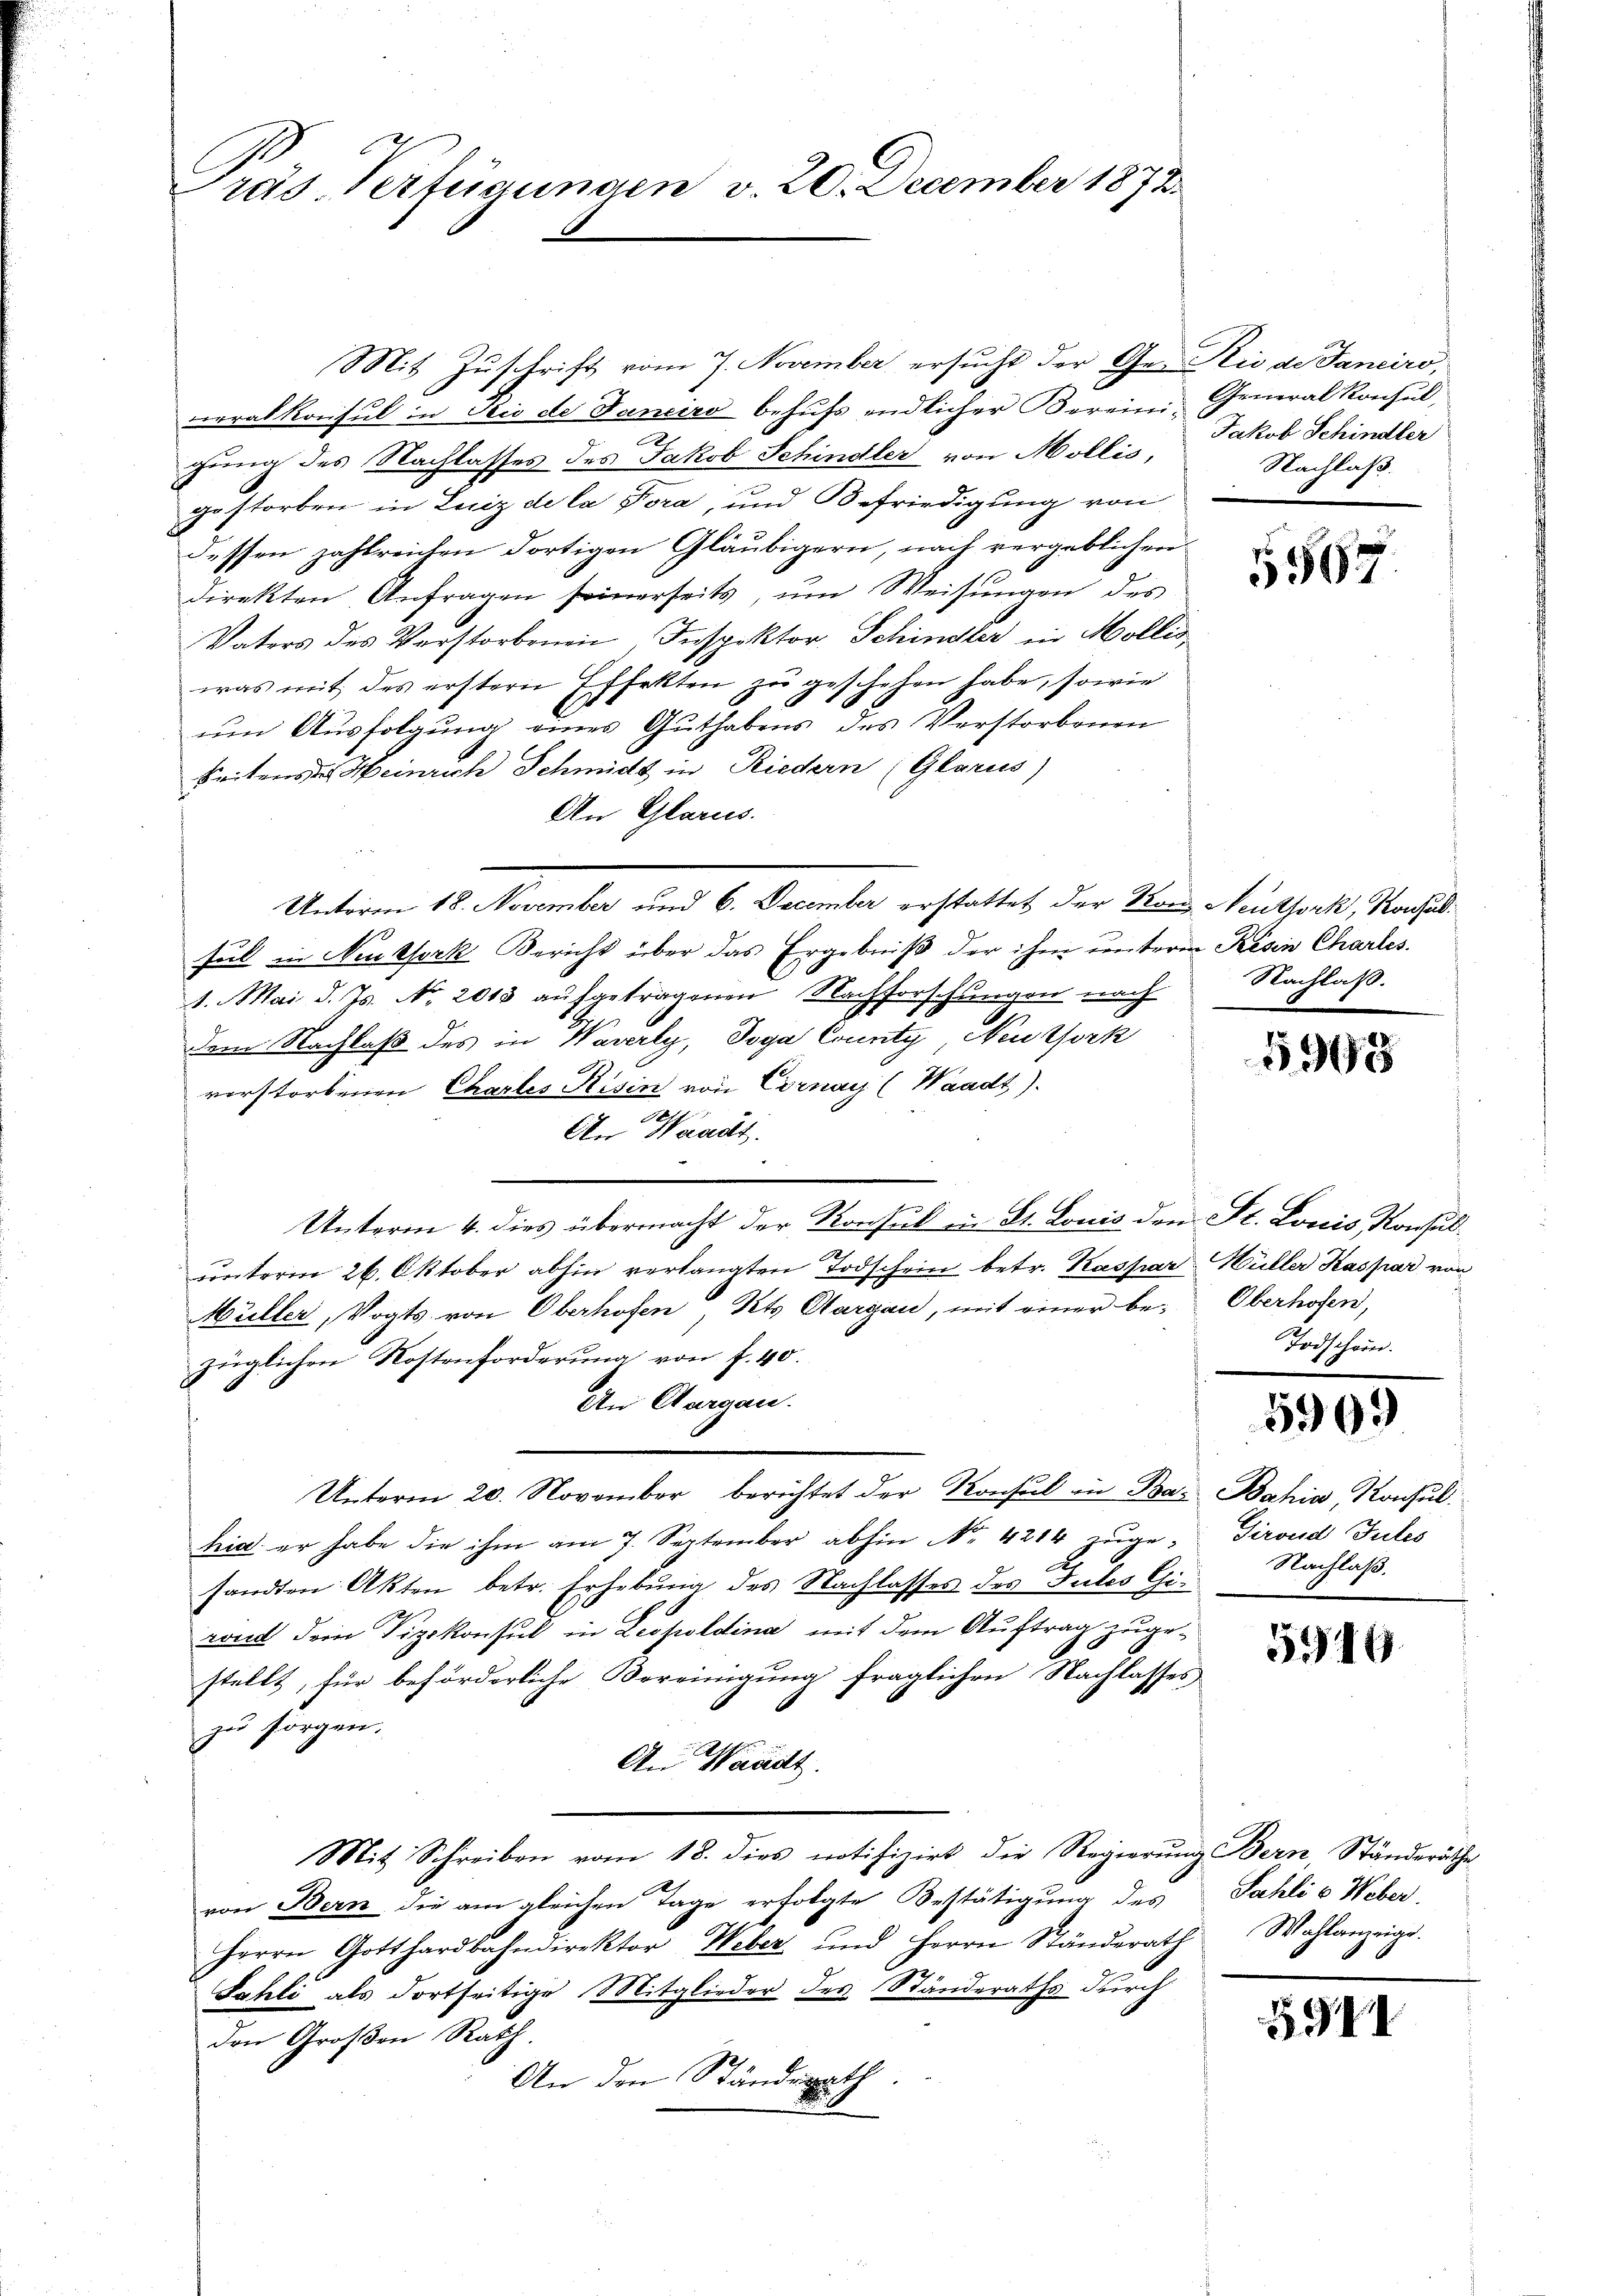
räs. Verfügungen v. 20. December 1872

Mit Zuschrift vom 7. November ersucht der Ge- Rio de Janciro,
erakkonsul in Rio de Janeiro behufs endlicher Berein General Konsul,
S
gung des Nachlasses des Jakob Schindler von Mollis,
gestorben in Luiz de la Pora, und Befriedigung von
dessen zahlreichen dortigen Gläubigern, nach vergeblichen
direkten Anfragen seinerseits ŭm Weisŭngen des
Vaters des Verstorbenen, Inspektor Schindler in Mollis,
was mit des erstern Effekten zŭ geschehen habe, sowie
um Ausfolgung eines Guthabens des Verstorbenen
keitens des Heinrich Schmidt in Riedern (Glarus)
An Glarus.
Unterm 18. November und 6. December erstattet der Kon Neuthork, Raschulsul in Neuksork Bericht über das Ergebniß der ihm unterm Resin Charles
1. Mai d. Js. No. 2018 aufgetragenen Nachforschungen nach
dem Nachlaß des in Waserly, Toga County Neuzfork
vorstorbenen Chartes Risin von Cornay (Waadt).
An Waadt.
Unterm 4. dies übermacht der Konsul in St. Louis den St. Louis Konsul-
ŭnterm 26. Oktober abhin verlangten Todschein betr. Kaspar Müller Kaspar von
Müller, Vogts von Oberhofen, Kts. Aargau, mit einer be- Oberhofen,
züglichen Kostenforderung von f. 40.
An Aargau.
Unterm 20. November berichtet der Konsul in Bar Bahin, Konsul
hia er habe die ihm am 7. September abhin No. 4214 zuge, Tiroud Jules
sandten Akten betr. Erhebung des Nachlasses des Fules Ciroict dem Vizekonsul in Leopoldina mit dem Auftrag zugestellt, für beförderliche Vereinigung fraglichen Nachlasses,
zu sorgen.
An Waadt.
Mit Schreiben vom 18. dies notifizirt die Regierung Bern Ständeräthe
von Bern die am gleichen Tage erfolgte Bestätigung des Sahli 6 Weber,
Herrn Gotthardbahndirektor Weber und Herrn Ständerath Wahlanzeige.
Sahli als dortseitige Mitglieder des Ständeraths durch
den Großen Rath.
An den Ständerath

Jakob Schindler
Nachlaß.

5567

Nachlaß.

5998

Todschein.

5909

Nachlaß.

5919.

291.